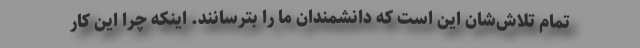
تمام تلاش‌شان این است که دانشمندان ما را بترسانند. اینکه چرا این کار